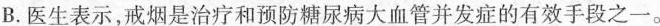
B. 医生表示，戒烟是治疗和预防糖尿病大血管并发症的有效手段之一。